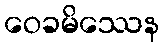
ဝေခမိဿေန